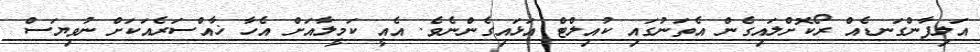
އަލިފާންގަނޑެއް ރޯކޮށްލައިގެން އެތަނުގައި ކުއިލްޓް އަޅައިގެންނެވެ. އެއީ ކަމީލާއަށް އެހާ ޚާއްސަރެއަކަށް ނުވިޔަސް